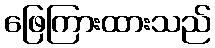
ဖြေကြားထားသည်